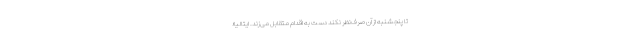
تا پنجشنبه از آن صرف‌نظر نکند دست به اقدام متقابل می‌زند. ایتالیا؛